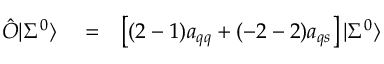
\begin{array} { r l r } { \hat { \cal O } | \Sigma ^ { 0 } \rangle } & { { } = } & { \left[ ( 2 - 1 ) a _ { q q } + ( - 2 - 2 ) a _ { q s } \right] | \Sigma ^ { 0 } \rangle } \end{array}